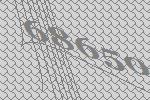
68650